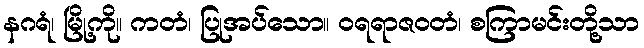
နဂရံ၊ မြို့ကို။ ကတံ၊ ပြုအပ်သော။ ဝရရာဇဝတံ၊ စကြာမင်းတို့သာ